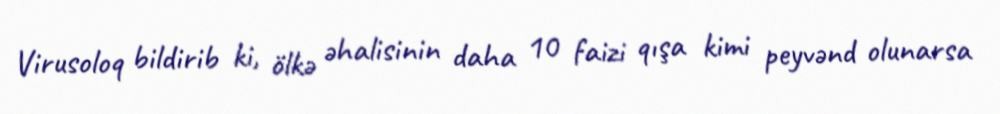
Virusoloq bildirib ki, ölkə əhalisinin daha 10 faizi qışa kimi peyvənd olunarsa